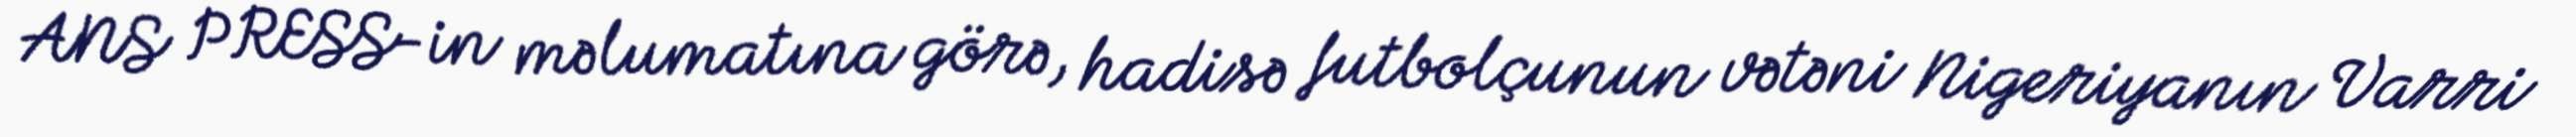
ANS PRESS-in məlumatına görə, hadisə futbolçunun vətəni Nigeriyanın Varri